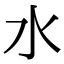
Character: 水